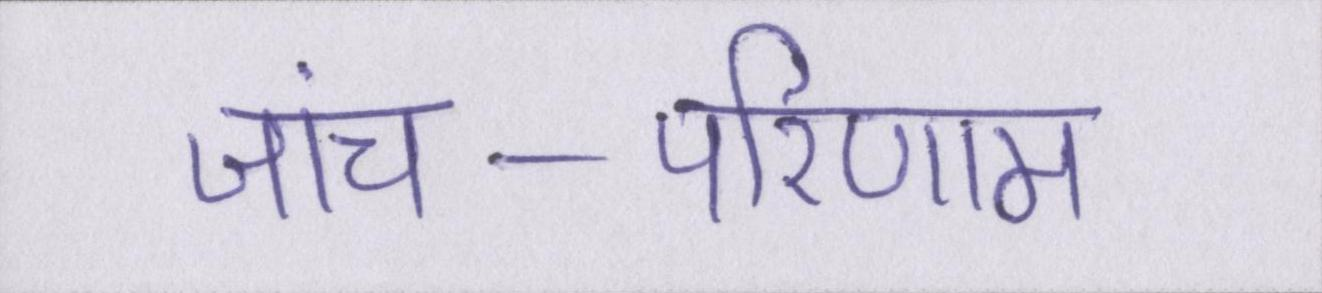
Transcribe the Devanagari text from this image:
जांच-परिणाम